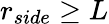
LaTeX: r_{side}\ge L